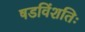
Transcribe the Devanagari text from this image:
षडविंशतिः